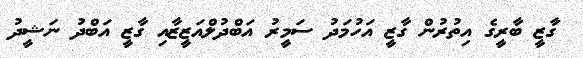
ގާޒީ ބާރީގެ އިތުރުން ގާޒީ އަހުމަދު ސަމީރު އަބްދުލްއަޒީޒާއި ގާޒީ އަބްދު ނަޝީދު